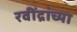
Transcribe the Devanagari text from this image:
रवींद्रांच्या